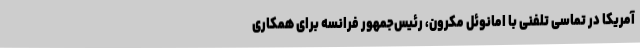
آمریکا در تماسی تلفنی با امانوئل مکرون، رئیس‌جمهور فرانسه برای همکاری